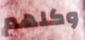
وكلهم